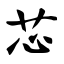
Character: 芯